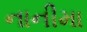
નાનીમા